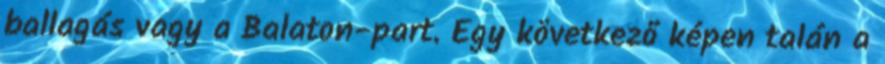
ballagás vagy a Balaton-part. Egy következő képen talán a